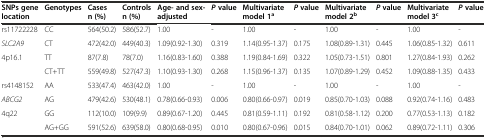
<table><thead><tr><td><b>SNPs gene location</b></td><td><b>Genotypes</b></td><td><b>Cases n (%)</b></td><td><b>Controls n (%)</b></td><td><b>Age- and sex- adjusted</b></td><td><b><i>P</i>value</b></td><td><b>Multivariate model 1<sup>a</sup></b></td><td><b><i>P</i>value</b></td><td><b>Multivariate model 2<sup>b</sup></b></td><td><b><i>P</i>value</b></td><td><b>Multivariate model 3<sup>c</sup></b></td><td><b><i>P</i>value</b></td></tr></thead><tbody><tr><td>rs11722228</td><td>CC</td><td>564(50.2)</td><td>586(52.7)</td><td>1.00</td><td>-</td><td>1.00</td><td>-</td><td>1.00</td><td>-</td><td>1.00</td><td>-</td></tr><tr><td><i>SLC2A9</i></td><td>CT</td><td>472(42.0)</td><td>449(40.3)</td><td>1.09(0.92-1.30)</td><td>0.319</td><td>1.14(0.95-1.37)</td><td>0.175</td><td>1.08(0.89-1.31)</td><td>0.445</td><td>1.06(0.85-1.32)</td><td>0.611</td></tr><tr><td>4p16.1</td><td>TT</td><td>87(7.8)</td><td>78(7.0)</td><td>1.16(0.83-1.60)</td><td>0.388</td><td>1.19(0.84-1.69)</td><td>0.322</td><td>1.05(0.73-1.51)</td><td>0.801</td><td>1.27(0.84-1.93)</td><td>0.262</td></tr><tr><td></td><td>CT+TT</td><td>559(49.8)</td><td>527(47.3)</td><td>1.10(0.93-1.30)</td><td>0.268</td><td>1.15(0.96-1.37)</td><td>0.135</td><td>1.07(0.89-1.29)</td><td>0.452</td><td>1.09(0.88-1.35)</td><td>0.433</td></tr><tr><td>rs4148152</td><td>AA</td><td>533(47.4)</td><td>463(42.0)</td><td>1.00</td><td>-</td><td>1.00</td><td>-</td><td>1.00</td><td>-</td><td>1.00</td><td>-</td></tr><tr><td><i>ABCG2</i></td><td>AG</td><td>479(42.6)</td><td>530(48.1)</td><td>0.78(0.66-0.93)</td><td>0.006</td><td>0.80(0.66-0.97)</td><td>0.019</td><td>0.85(0.70-1.03)</td><td>0.088</td><td>0.92(0.74-1.16)</td><td>0.483</td></tr><tr><td>4q22</td><td>GG</td><td>112(10.0)</td><td>109(9.9)</td><td>0.89(0.67-1.20)</td><td>0.445</td><td>0.81(0.59-1.11)</td><td>0.192</td><td>0.81(0.58-1.12)</td><td>0.200</td><td>0.77(0.53-1.13)</td><td>0.182</td></tr><tr><td></td><td>AG+GG</td><td>591(52.6)</td><td>639(58.0)</td><td>0.80(0.68-0.95)</td><td>0.010</td><td>0.80(0.67-0.96)</td><td>0.015</td><td>0.84(0.70-1.01)</td><td>0.062</td><td>0.89(0.72-1.11)</td><td>0.306</td></tr></tbody></table>